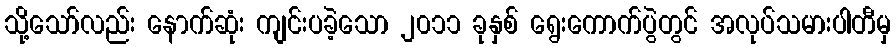
သို့သော်လည်း နောက်ဆုံး ကျင်းပခဲ့သော ၂၀၁၁ ခုနှစ် ရွေးကောက်ပွဲတွင် အလုပ်သမားပါတီမှ